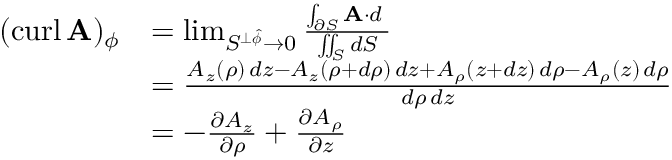
{ \begin{array} { r l } { ( \operatorname { c u r l } \mathbf { A } ) _ { \phi } } & { = \operatorname* { l i m } _ { S ^ { \perp { \boldsymbol { \hat { \phi } } } } \to 0 } { \frac { \int _ { \partial S } \mathbf { A } \cdot d \mathbf { \ell } } { \iint _ { S } d S } } } \\ & { = { \frac { A _ { z } ( \rho ) \, d z - A _ { z } ( \rho + d \rho ) \, d z + A _ { \rho } ( z + d z ) \, d \rho - A _ { \rho } ( z ) \, d \rho } { d \rho \, d z } } } \\ & { = - { \frac { \partial A _ { z } } { \partial \rho } } + { \frac { \partial A _ { \rho } } { \partial z } } } \end{array} }